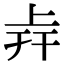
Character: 𢆒